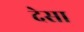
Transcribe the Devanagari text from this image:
देसा